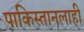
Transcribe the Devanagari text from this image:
पाकिस्तानलाही